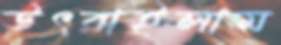
উৎরাইলাম